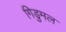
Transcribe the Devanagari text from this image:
गिडुमल